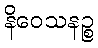
နိဝေသနဉ္စ